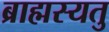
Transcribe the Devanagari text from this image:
ब्राह्मस्यतु